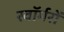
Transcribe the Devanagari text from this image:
स्वॉर्मरों